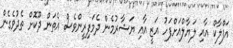
އަފްލާކް އާއި ލަޔާލްއަށްފަހު އަޒީ އާއި ޔަޝާރުމެން ދެމަފިރީންވެސް އެތަން ދޫކޮށް ތެދުވެގެން